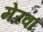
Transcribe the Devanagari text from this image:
मेरवा